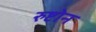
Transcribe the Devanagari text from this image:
रुष्टोन